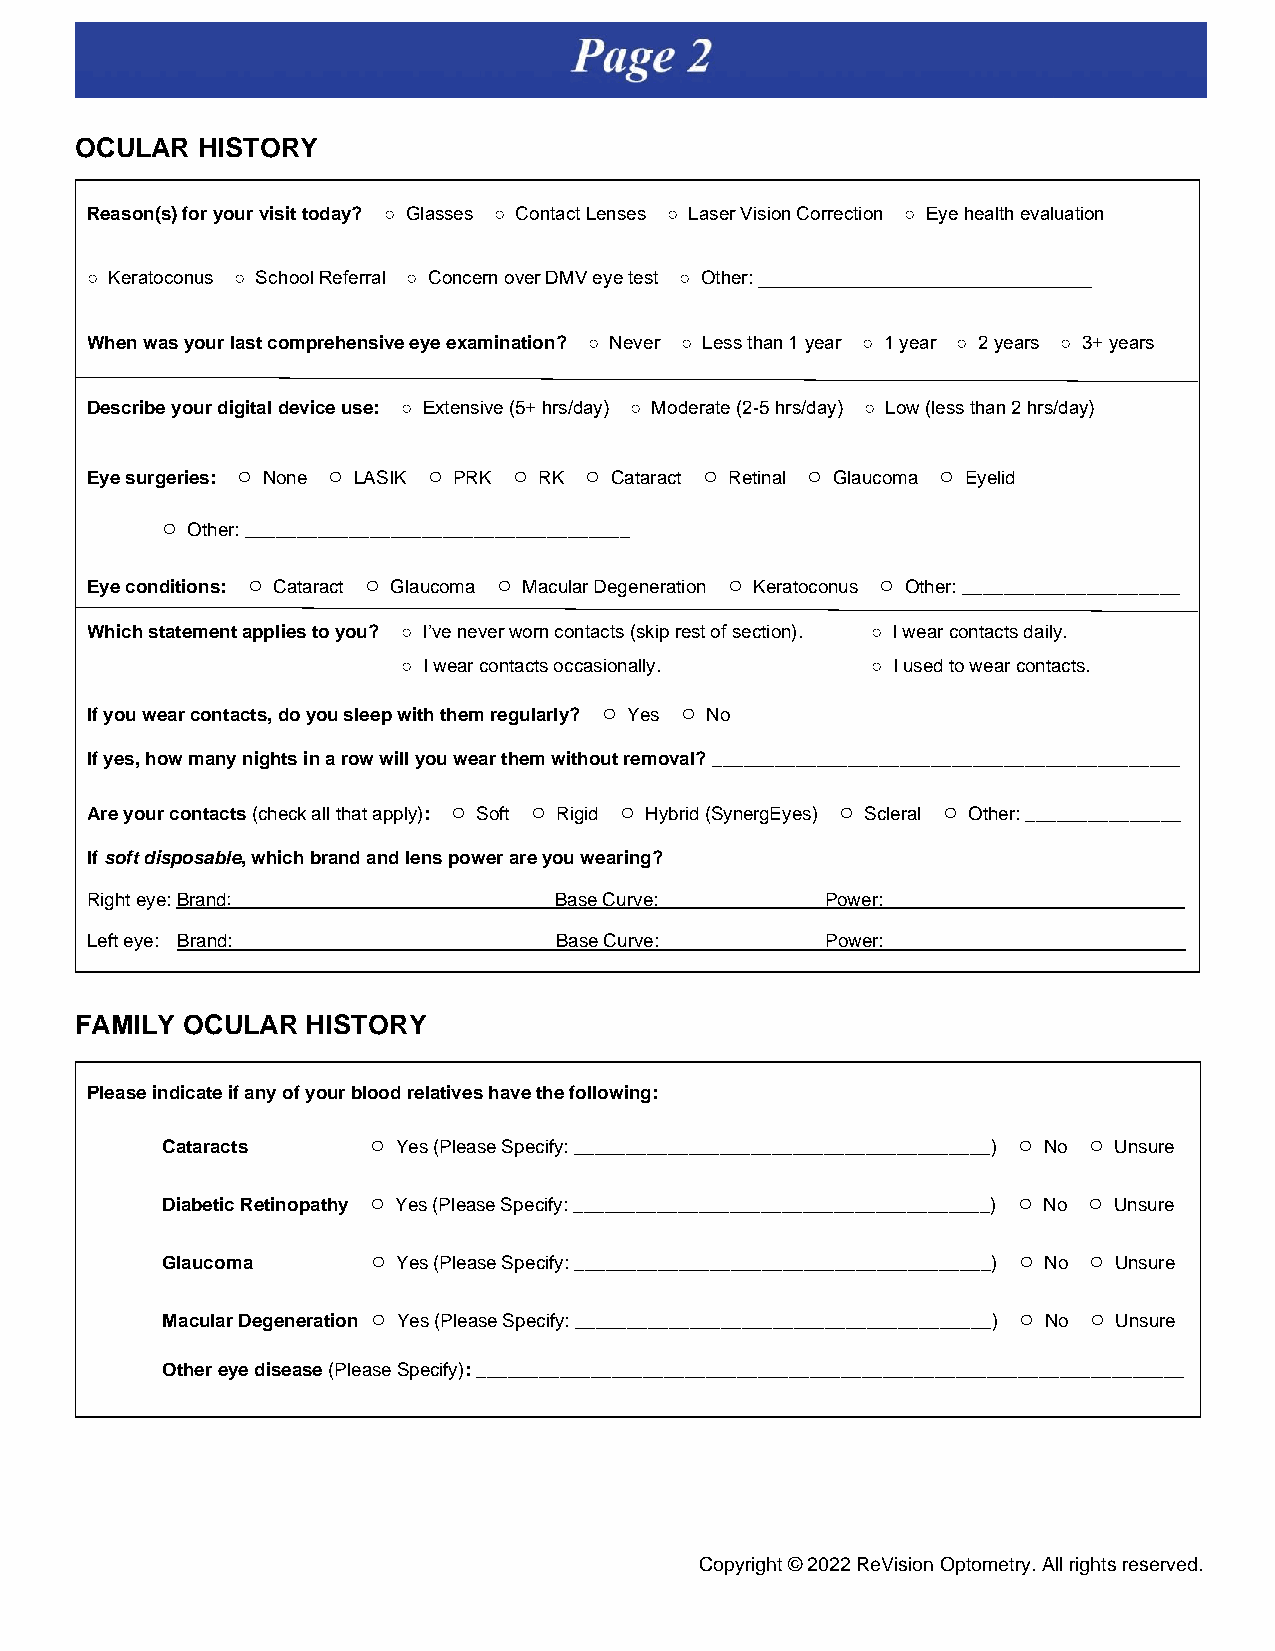
OCULAR  HISTORY
 Reason(s) for your visit today? ○ Glasses ○ Contact Lenses ○ Laser Vision Correction ○ Eye health evaluation
 ○ Keratoconus ○ School Referral ○ Concern over DMV eye test ○ Other: ________________________________
 When was your last comprehensive eye examination? ○ Never ○ Less than 1 year ○ 1 year ○ 2 years ○ 3+ years
 Describe your digital device use: ○ Extensive (5+ hrs/day) ○ Moderate (2-5 hrs/day) ○ Low (less than 2 hrs/day)
 Eye surgeries: ○ None ○ LASIK ○ PRK ○ RK ○ Cataract ○ Retinal ○ Glaucoma ○ Eyelid
 ○ Other: _____________________________________
 Eye conditions: ○ Cataract ○ Glaucoma ○ Macular Degeneration ○ Keratoconus ○ Other: _____________________
 Which statement applies to you? ○ I’ve never worn contacts (skip rest of section). ○ I wear contacts daily.
 ○ I wear contacts occasionally. ○ I used to wear contacts.
 If you wear contacts, do you sleep with them regularly? ○ Yes ○ No
 If yes, how many nights in a row will you wear them without removal? _____________________________________________
 Are your contacts (check all that apply): ○ Soft ○ Rigid ○ Hybrid (SynergEyes) ○ Scleral ○ Other: _______________
 If soft disposable, which brand and lens power are you wearing?
 Right eye: Brand:              Base Curve:       Power:
 _
 Left eye: Brand:               Base Curve:       Power:
 _
 FAMILY OCULAR  HISTORY
 Please indicate if any of your blood relatives have the following:
 Cataracts    ○ Yes (Please Specify: ________________________________________) ○ No ○ Unsure
 Diabetic Retinopathy ○ Yes (Please Specify: ________________________________________) ○ No ○ Unsure
 Glaucoma      ○ Yes (Please Specify: ________________________________________) ○ No ○ Unsure
 Macular Degeneration ○ Yes (Please Specify: ________________________________________) ○ No ○ Unsure
 Other eye disease (Please Specify): ____________________________________________________________________
 CoCpoypryigrihgth ©t © 2 022022 1R ReeVVisisioionn O Opptotommeettrryy.. AAllll rriigghhttss rreesseerrvveedd..